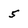
Character: 5